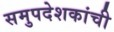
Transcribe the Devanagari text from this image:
समुपदेशकांची